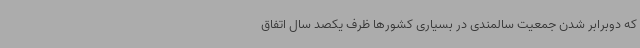
که دوبرابر شدن جمعیت سالمندی در بسیاری کشورها ظرف یکصد سال اتفاق